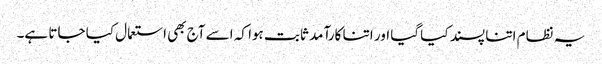
یہ نظام اتنا پسند کیا گیا اور اتنا کارآمد ثابت ہوا کہ اسے آج بھی استعمال کیا جاتا ہے۔